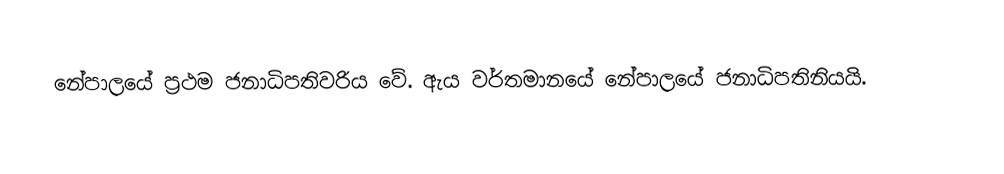
නේපාලයේ ප්‍රථම ජනාධිපතිවරිය වේ. ඇය වර්තමානයේ නේපාලයේ ජනාධිපතිනියයි.